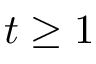
t \ge 1